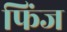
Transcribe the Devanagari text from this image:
फिंज